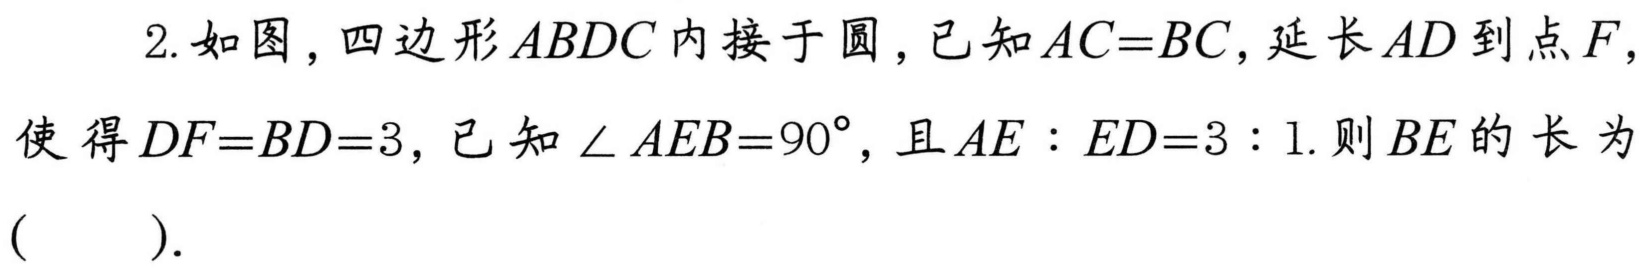
2. 如图，四边形$ABDC$内接于圆，已知$AC = BC$，延长$AD$到点$F$，使得$DF = BD = 3$，已知$\angle AEB = 90^{\circ}$，且$AE:ED = 3:1$. 则$BE$的长为（  ）.